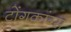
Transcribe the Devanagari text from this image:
टोंगकांग्स